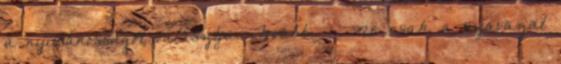
a nyilvánosságot választja. Tovább › ›Ne csak a szavazat